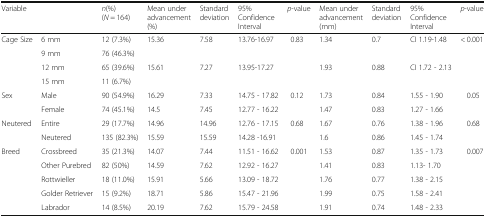
<table><thead><tr><td colspan="2"><b>Variable</b></td><td><b><i>n</i>(%) (<i>N</i> = 164)</b></td><td><b>Mean under advancement (%)</b></td><td><b>Standard deviation</b></td><td><b>95% Confidence Interval</b></td><td><b><i>p</i>-value</b></td><td><b>Mean under advancement (mm)</b></td><td><b>Standard deviation</b></td><td><b>95% Confidence Interval</b></td><td><b><i>p</i>-value</b></td></tr></thead><tbody><tr><td rowspan="4">Cage Size</td><td>6 mm</td><td>12 (7.3%)</td><td rowspan="2">15.36</td><td rowspan="2">7.58</td><td rowspan="2">13.76-16.97</td><td rowspan="4">0.83</td><td rowspan="2">1.34</td><td rowspan="2">0.7</td><td rowspan="2">CI 1.19-1.48</td><td rowspan="4">&lt; 0.001</td></tr><tr><td>9 mm</td><td>76 (46.3%)</td></tr><tr><td>12 mm</td><td>65 (39.6%)</td><td rowspan="2">15.61</td><td rowspan="2">7.27</td><td rowspan="2">13.95-17.27</td><td rowspan="2">1.93</td><td rowspan="2">0.88</td><td rowspan="2">CI 1.72 - 2.13</td></tr><tr><td>15 mm</td><td>11 (6.7%)</td></tr><tr><td rowspan="2">Sex</td><td>Male</td><td>90 (54.9%)</td><td>16.29</td><td>7.33</td><td>14.75 - 17.82</td><td rowspan="2">0.12</td><td>1.73</td><td>0.84</td><td>1.55 - 1.90</td><td rowspan="2">0.05</td></tr><tr><td>Female</td><td>74 (45.1%)</td><td>14.5</td><td>7.45</td><td>12.77 - 16.22</td><td>1.47</td><td>0.83</td><td>1.27 - 1.66</td></tr><tr><td rowspan="2">Neutered</td><td>Entire</td><td>29 (17.7%)</td><td>14.96</td><td>14.96</td><td>12.76 - 17.15</td><td rowspan="2">0.68</td><td>1.67</td><td>0.76</td><td>1.38 - 1.96</td><td rowspan="2">0.68</td></tr><tr><td>Neutered</td><td>135 (82.3%)</td><td>15.59</td><td>15.59</td><td>14.28 -16.91</td><td>1.6</td><td>0.86</td><td>1.45 - 1.74</td></tr><tr><td rowspan="5">Breed</td><td>Crossbreed</td><td>35 (21.3%)</td><td>14.07</td><td>7.44</td><td>11.51 - 16.62</td><td rowspan="5">0.001</td><td>1.53</td><td>0.87</td><td>1.35 - 1.73</td><td rowspan="5">0.007</td></tr><tr><td>Other Purebred</td><td>82 (50%)</td><td>14.59</td><td>7.62</td><td>12.92 - 16.27</td><td>1.41</td><td>0.83</td><td>1.13- 1.70</td></tr><tr><td>Rottwieller</td><td>18 (11.0%)</td><td>15.91</td><td>5.66</td><td>13.09 - 18.72</td><td>1.76</td><td>0.77</td><td>1.38 - 2.15</td></tr><tr><td>Golder Retriever</td><td>15 (9.2%)</td><td>18.71</td><td>5.86</td><td>15.47 - 21.96</td><td>1.99</td><td>0.75</td><td>1.58 - 2.41</td></tr><tr><td>Labrador</td><td>14 (8.5%)</td><td>20.19</td><td>7.62</td><td>15.79 - 24.58</td><td>1.91</td><td>0.74</td><td>1.48 - 2.33</td></tr></tbody></table>